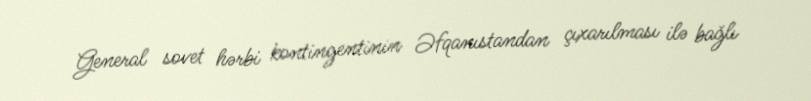
General sovet hərbi kontingentinin Əfqanıstandan çıxarılması ilə bağlı